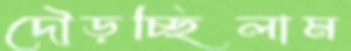
দৌড়চ্ছিলাম